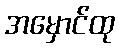
အမှောင်ထု